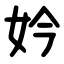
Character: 妗